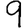
Digit: 9